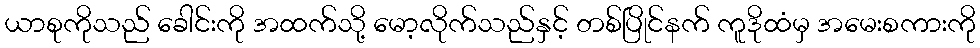
ယာစုကိုသည် ခေါင်းကို အထက်သို့ မော့လိုက်သည်နှင့် တစ်ပြိုင်နက် ကူဒိုထံမှ အမေးစကားကို